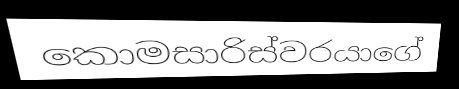
කොමසාරිස්වරයාගේ